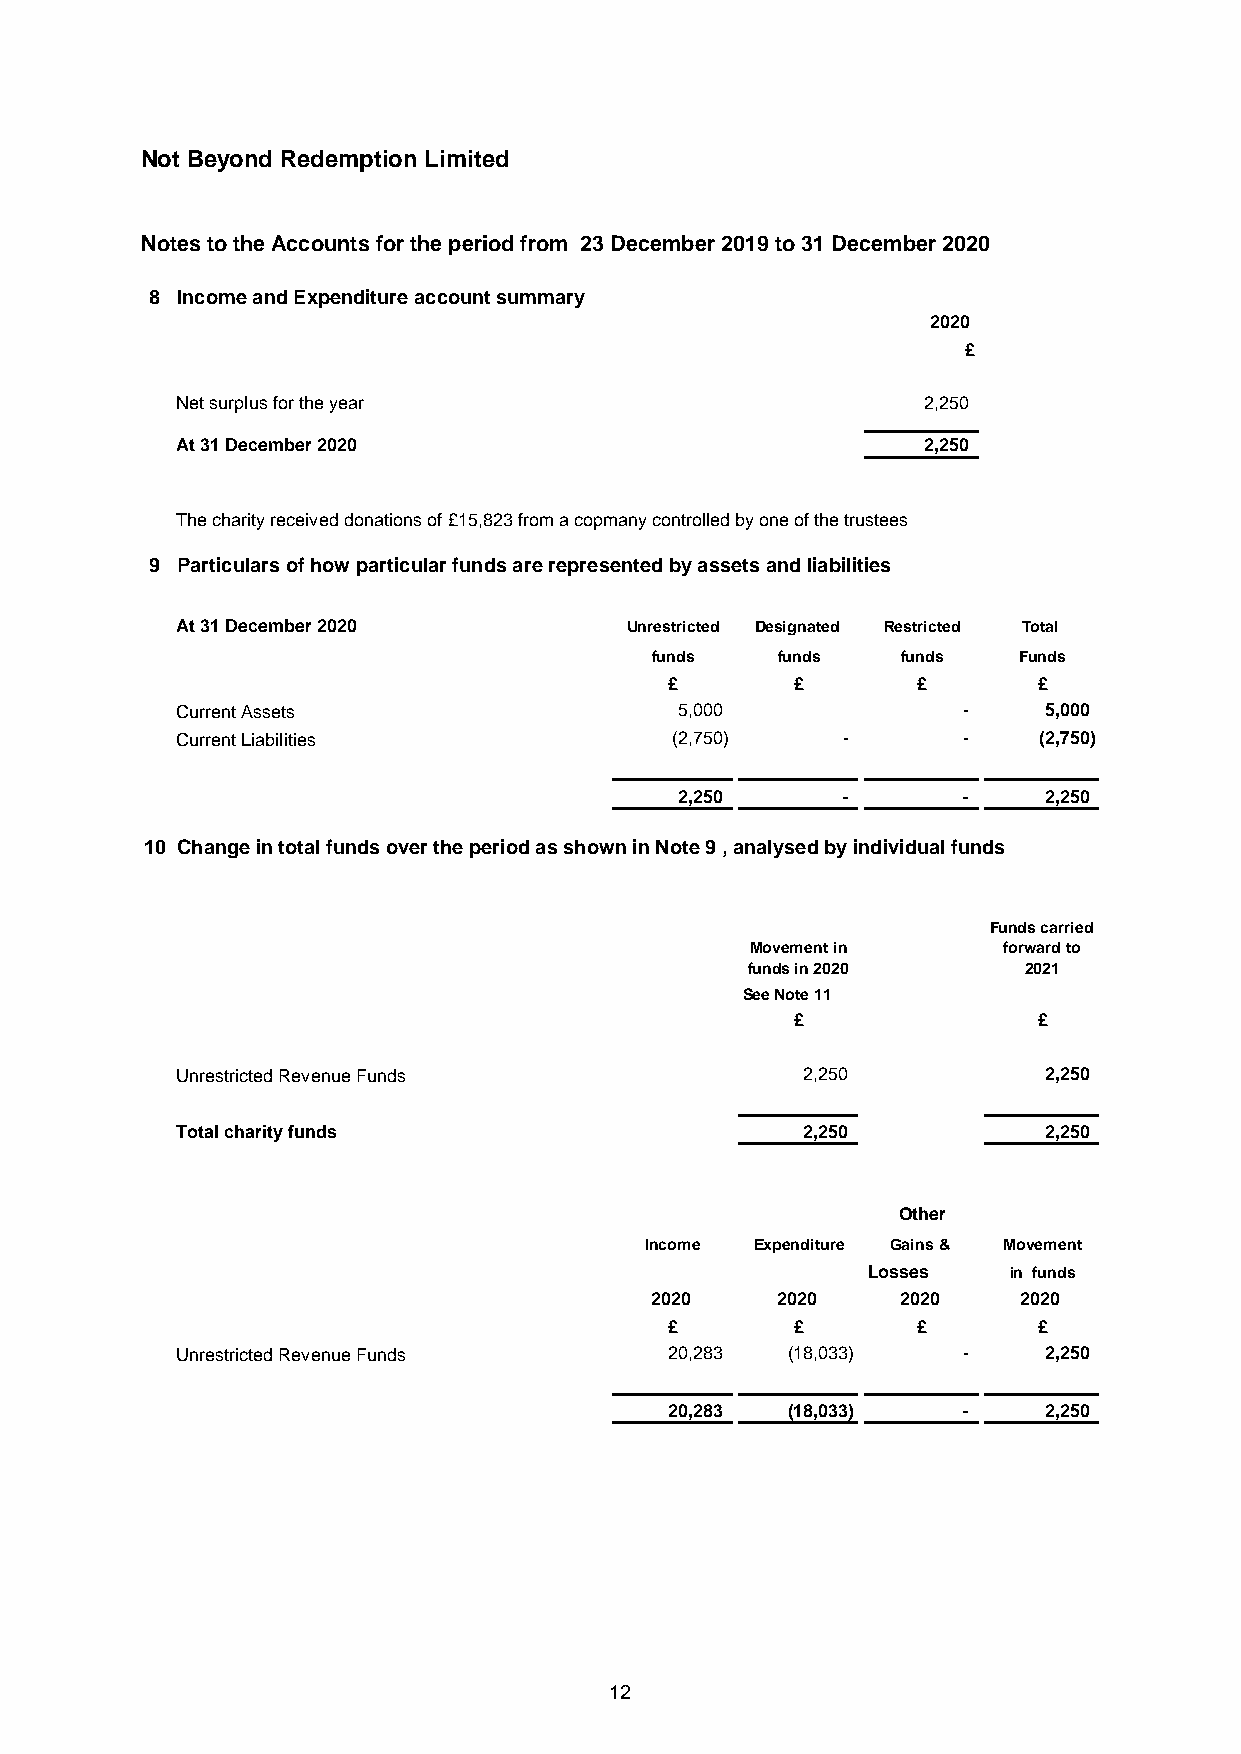
Not Beyond Redemption Limited
 Notes to the Accounts for the period from 23 December 2019 to 31 December 2020
 8 Income and Expenditure account summary
 2020
 £
 Net surplus for the year                         2,250
 At 31 December 2020                              2,250
 The charity received donations of £15,823 from a copmany controlled by one of the trustees
 9 Particulars of how particular funds are represented by assets and liabilities
 At 31 December 2020          Unrestricted Designated Restricted Total
 funds   funds    funds  Funds
 £        £       £       £
 Current Assets                   5,000              -    5,000
 Current Liabilities             (2,750)     -       -    (2,750)
 2,250      -       -    2,250
 10 Change in total funds over the period as shown in Note 9 , analysed by individual funds
 Funds carried
 Movement in     forward to
 funds in 2020      2021
 See Note 11
 £               £
 Unrestricted Revenue Funds               2,250           2,250
 Total charity funds                      2,250           2,250
 Other
 Income Expenditure Gains & Movement
 Losses    in funds
 2020    2020     2020    2020
 £        £       £       £
 Unrestricted Revenue Funds      20,283  (18,033)    -    2,250
 20,283  (18,033)    -    2,250
 12